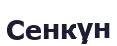
Сенкун